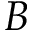
B